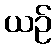
ယဉ်